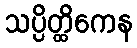
သပ္ပိတ္ထိကေန